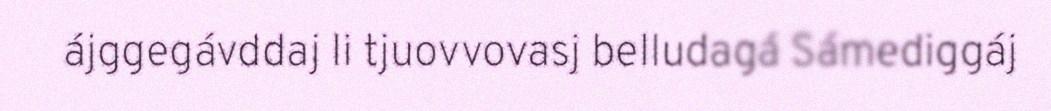
ájggegávddaj li tjuovvovasj belludagá Sámediggáj